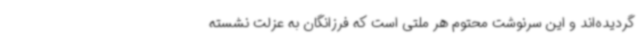
گردیده‌اند و این سرنوشت محتوم هر ملتی است که فرزانگان به عزلت نشسته